Plague in India, 1896, 1897 - Volume 3
Year: 1896
Disease focus: Plague
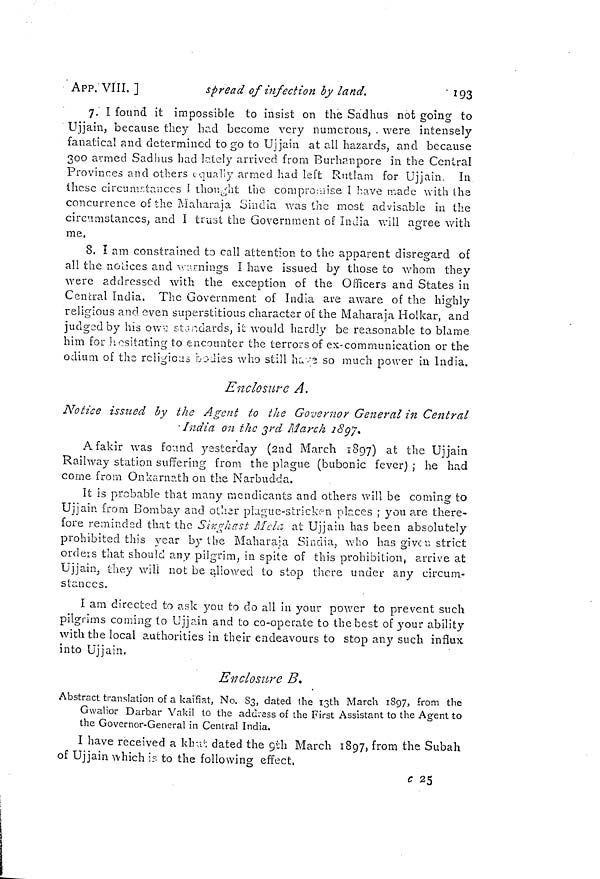
193
APP. VIII. ]
spread of infection by land.
7. I found it impossible to insist on the Sadhus not going to
Ujjain, because they had become very numerous, were intensely
fanatical and determined to go to Ujjain at all hazards, and because
300 armed Sadhus had lately arrived from Burhanpore in the Central
Provinces and others equally armed had left Rotlam for Ujjain. In
these circumstances I thought the compromise I have made with the
concurrence of the Maharaja Sindia was the most advisable in the
circumstances, and I trust the Government of India will agree with
me,
8. I am constrained to call attention to the apparent disregard of
all the notices and warnings I have issued by those to whom they
were addressed with the exception of the Officers and States in
Central India. The Government of India are aware of the highly
religious and even superstitious character of the Maharaja Holkar, and
judged by his owe standards, it would hardly be reasonable to blame
him for hesitating to encounter the terrors of ex-communication or the
odium of the religions bodies who still have so much power in India.
Enclosure A.
Notice issued by the Agent to the Governor General in Central
India on the 3rd March 1897.
A fakir was found yesterday (2nd March 1897) at the Ujjain
Railway station suffering from the plague (bubonic fever) ; he had
corne from Onkarnath on the Narbudda.
It is probable that many mendicants and others will be coming to
Ujjain from Bombay and other plague-stricken places ; you are there-
fore reminded that the Singhast Mela at Ujjain has been absolutely
prohibited this year by the Maharaja Sindia, who has given strict
orders that should any pilgrim, in spite of this prohibition, arrive at
Ujjain, they will not be allowed to stop there under any circum-
stances.
I am directed to ask you to do all in your power to prevent such
pilgrims coming to Ujjain and to co-operate to the best of your ability
with the local authorities in their endeavours to stop any such influx
into Ujjain.
Enclosure B.
Abstract translation of a kaifiat, No. 83, dated the 13th March 1897, from the
Gwalior Darbar Vakil to the address of the First Assistant to the Agent to
the Governor-General in Central India.
I have received a khat dated the 9th March 1897, from the Subah
of Ujjain which is to the following effect,
c 25